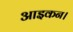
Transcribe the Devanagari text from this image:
आइकन।